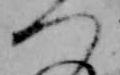
つ